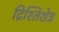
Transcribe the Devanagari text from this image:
द्रिश्तिशेत्र